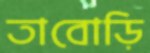
তাবোড়ি